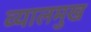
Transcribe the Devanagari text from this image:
व्यालमुख